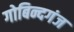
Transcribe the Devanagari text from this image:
गोबिन्दगंज